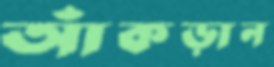
আঁকড়ান